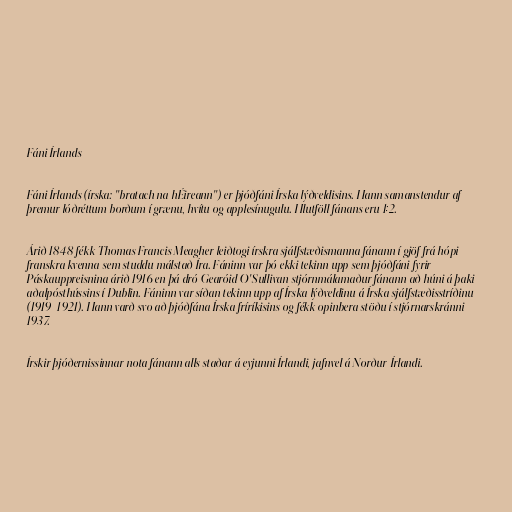
Fáni Írlands

Fáni Írlands (írska: "bratach na hÉireann") er þjóðfáni Írska lýðveldisins. Hann samanstendur af
þremur lóðréttum borðum í grænu, hvítu og applesínugulu. Hlutföll fánans eru 1:2.

Árið 1848 fékk Thomas Francis Meagher leiðtogi írskra sjálfstæðismanna fánann í gjöf frá hópi
franskra kvenna sem studdu málstað Íra. Fáninn var þó ekki tekinn upp sem þjóðfáni fyrir
Páskauppreisnina árið 1916 en þá dró Gearóid O'Sullivan stjórnmálamaður fánann að húni á þaki
aðalpósthússins í Dublin. Fáninn var síðan tekinn upp af Írska lýðveldinu á Írska sjálfstæðisstríðinu
(1919–1921). Hann varð svo að þjóðfána Írska fríríkisins og fékk opinbera stöðu í stjórnarskránni
1937.

Írskir þjóðernissinnar nota fánann alls staðar á eyjunni Írlandi, jafnvel á Norður-Írlandi.